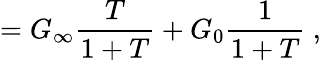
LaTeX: =G_{\infty}{\frac{T}{1+T}}+G_{0}{\frac{1}{1+T}}\ ,